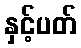
နှင့်ပတ်